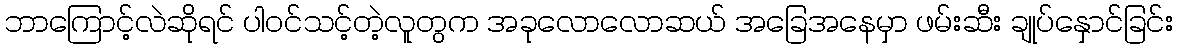
ဘာကြောင့်လဲဆိုရင် ပါဝင်သင့်တဲ့လူတွက အခုလောလောဆယ် အခြေအနေမှာ ဖမ်းဆီး ချုပ်နှောင်ခြင်း